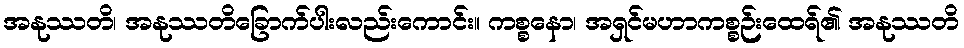
အနုဿတိ၊ အနုဿတိခြောက်ပါးလည်းကောင်း။ ကစ္စနော၊ အရှင်မဟာကစ္စဉ်းထေရ်၏ အနုဿတိ